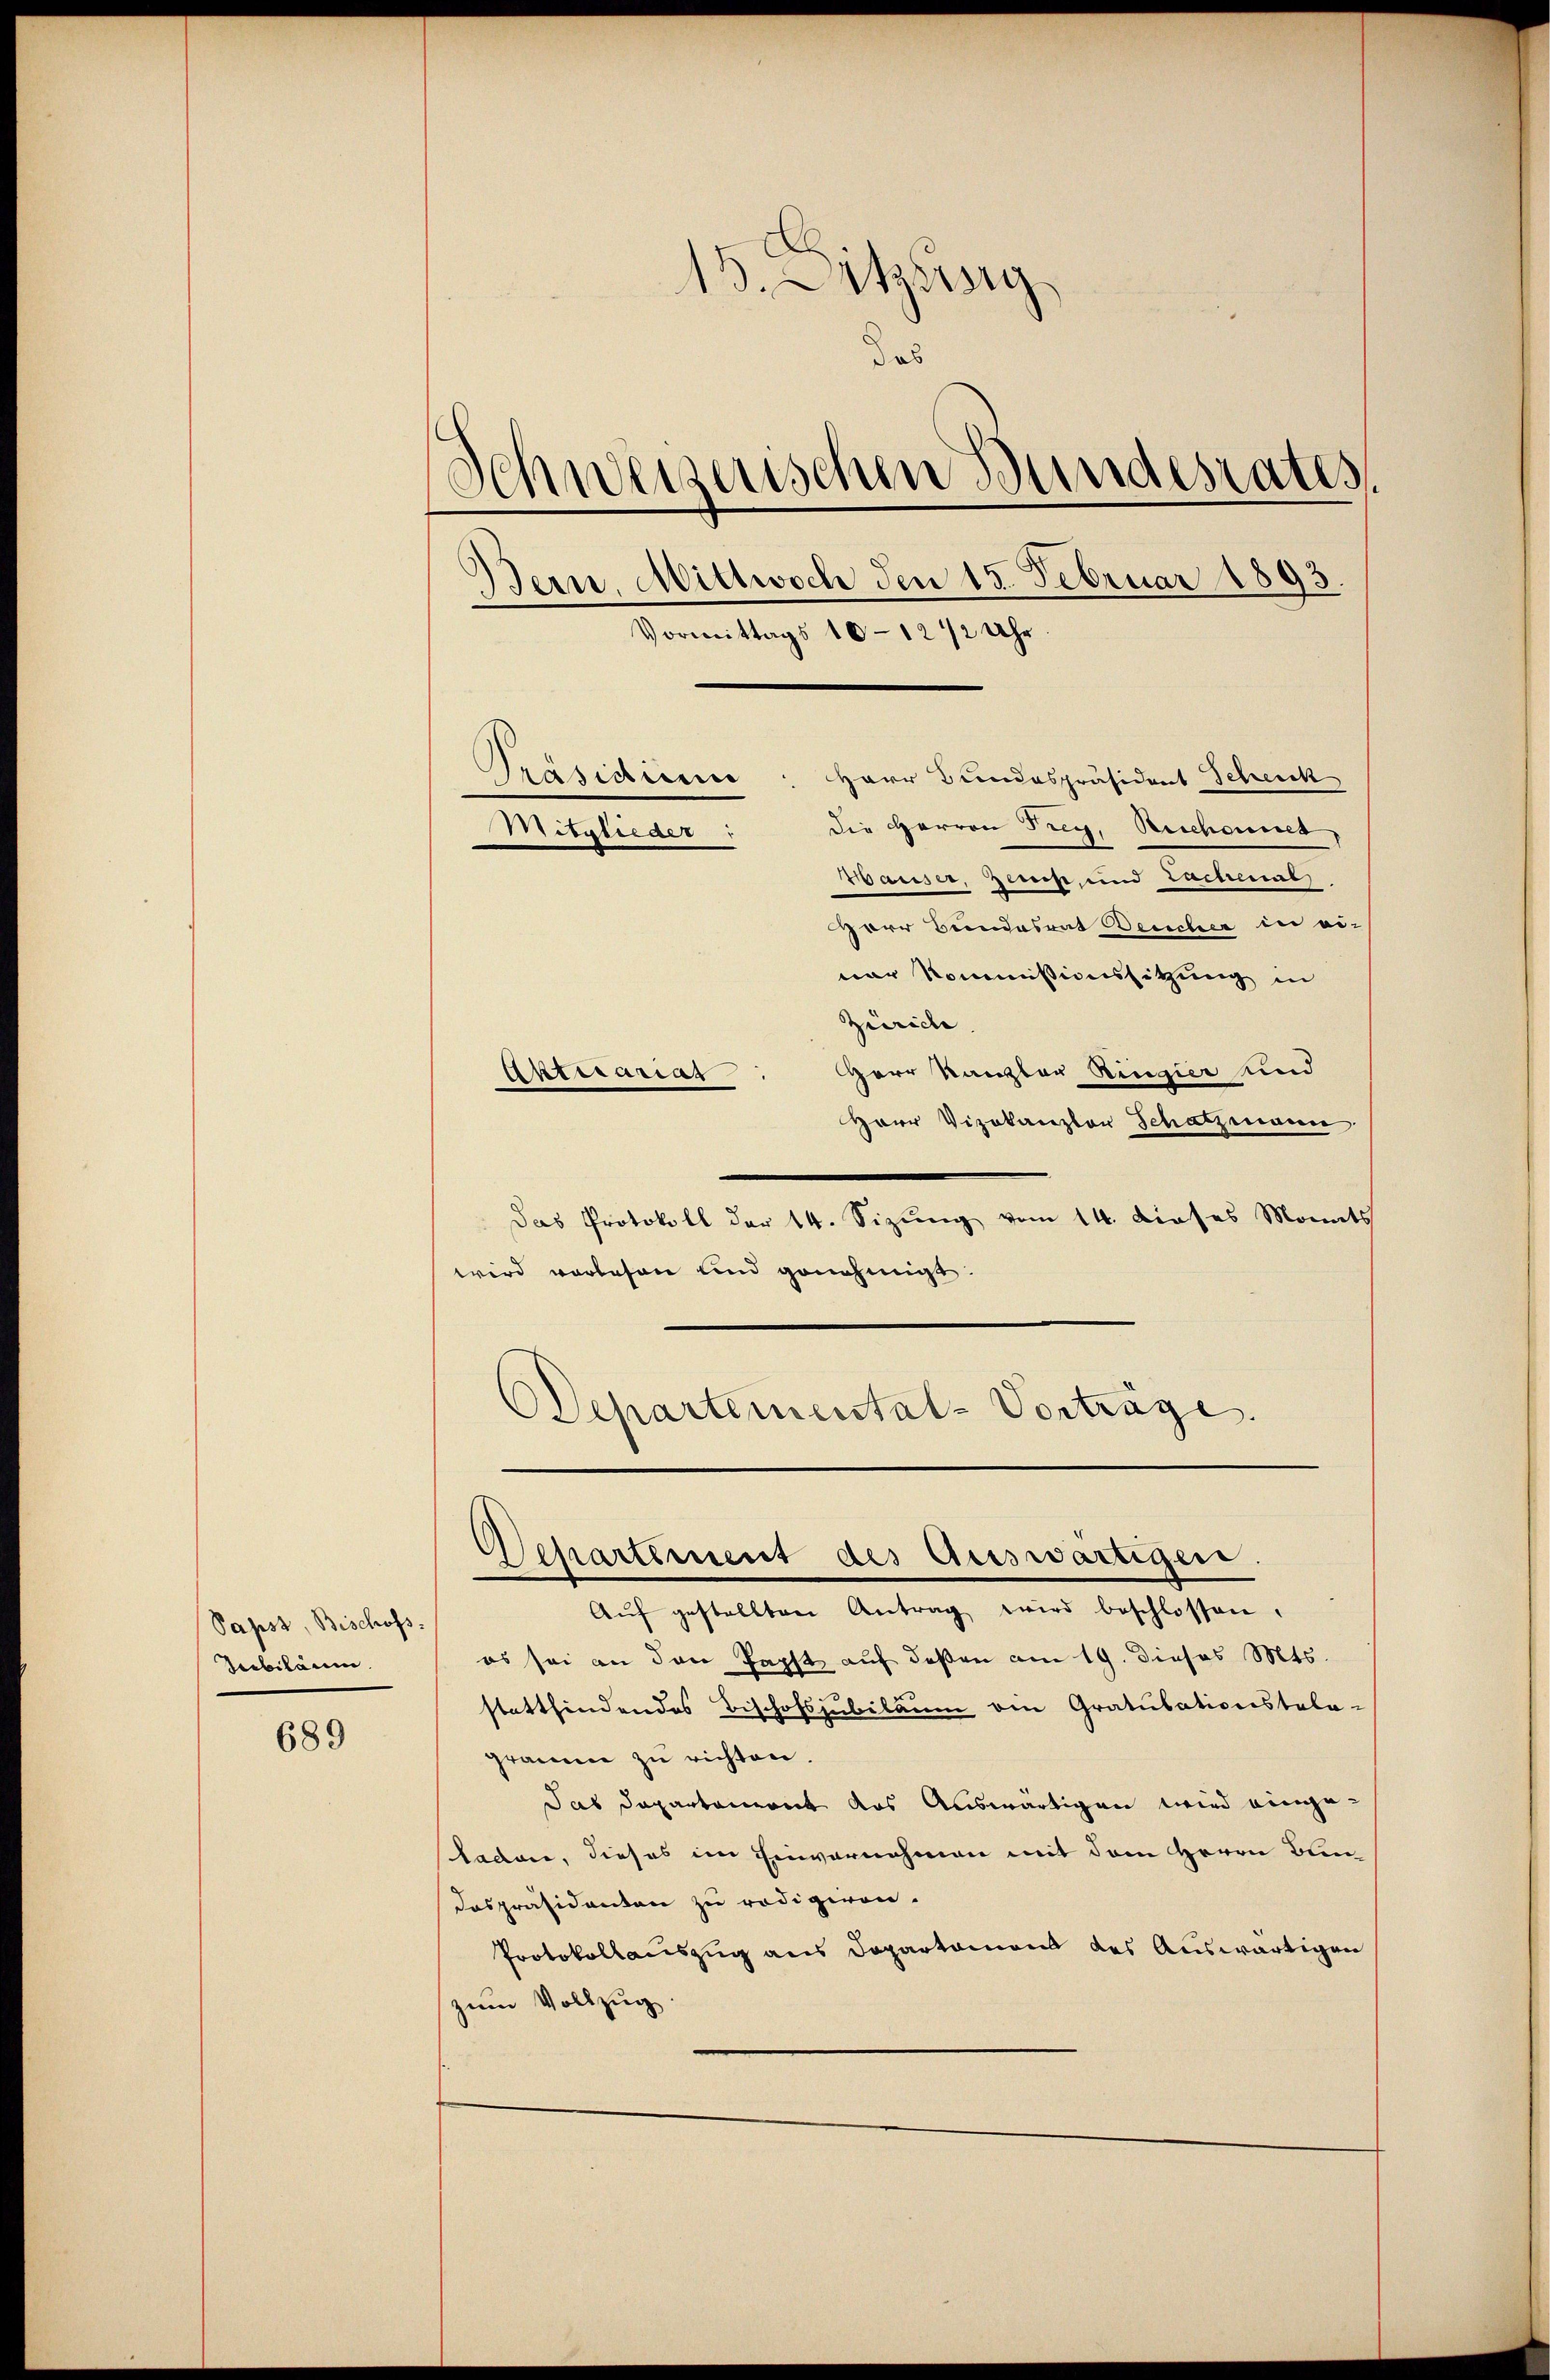
Papst, Bischofs.
Tubiläum

689

15. Jetztisig
das
chweizerischen Bundesrates.
Bern, Mittwoch den 13. Februar 1893.
Vormittags 10-12 1/2 Uhr.
Präsidium
Herr Bundespräsident Scheick
Die Herren Frey, Reichennet,
Mitglieder:
Wausser, geist, und Lachenal

G

Herr Bundesrat Deucher in ei-
ner Kommissionssitzung in
Zürich |
Herr Kanzler Ringier und
Antrarias
Herr Vizekanzler Schatzmann.
Das Protokoll der 14. Sizung vom 14. dieses Monats
wird vorlesen und genehmigt.
Departemental-Vorträge.

Departement des Auswärtigen.

Aŭf gestellten Antrag wird beschlossen.
es sei an den Kopft, auf deßen am 19. dieses Mts.
stattfindendes Bischofsjubiläum von Gratulationstala-
gramme zu richten.
Das Departement das Auswärtigen wird eingeladen, dieses im Einvernehmen mit dem Herrn Bun¬
Dospräsidenten zu redigiren.
Protokollauszug aus Departamens des Auswärtigen
zum Vollzug